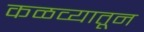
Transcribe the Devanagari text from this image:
कळव्यातून